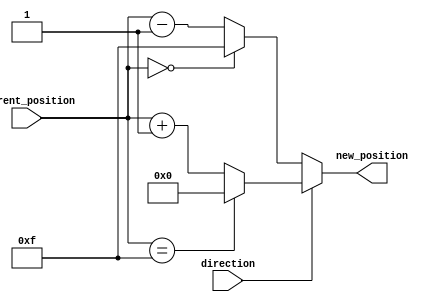
module RelativeEncoder #(
    parameter N = 4 // Number of bits for the current position
)(
    input  [N-1:0] current_position, // Current position input
    input         direction,          // Direction signal (1: clockwise, 0: counterclockwise)
    output [N-1:0] new_position       // New position output
);

    // Calculate the maximum value for N bits
    localparam MAX_POSITION = (1 << N) - 1;

    // Combinational logic to determine the new position
    always @* begin
        if (direction) begin
            // Clockwise movement: increment current position
            new_position = (current_position == MAX_POSITION) ? 0 : current_position + 1;
        end else begin
            // Counterclockwise movement: decrement current position
            new_position = (current_position == 0) ? MAX_POSITION : current_position - 1;
        end
    end

endmodule